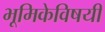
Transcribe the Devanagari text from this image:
भूमिकेविषयी